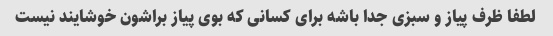
لطفا ظرف پیاز و سبزی جدا باشه برای کسانی که بوی پیاز براشون خوشایند نیست